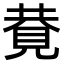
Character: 𧠩